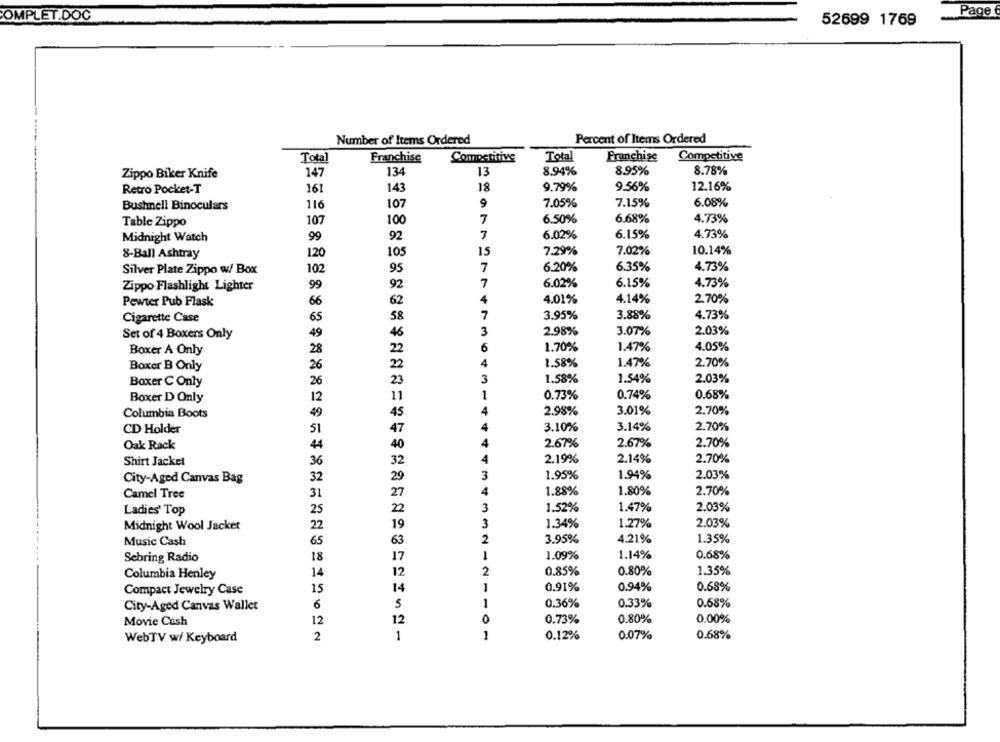
Page
COMPLET.DOC
52699 1769
Number of Items Ordered
Percent of Items Ordered
Total
Competitive
Total
Franchise
Competitive
Franchise
134
8.94%
8.95%
8.78%
Zippo Biker Knife
147
13
9.56%
12.16%
Retro Pocket-T
161
143
18
9.79%
Bushnell Binoculars
116
107
9
7.05%
7.15%
6.08%
Table Zippo
107
100
7
6.50%
6.68%
4.73%
Midnight Watch
99
92
7
6.02%
6.15%
4.73%
105
15
7.29%
7.02%
10.14%
8-Ball Ashtray
120
7
6.20%
6.35%
4.73%
Silver Plate Zippo w/ Box
102
95
7
4.73%
Zippo Flashlight Lighter
99
92
6.02%
6.15%
Pewter Pub Flask
66
62
4
4.01%
4.14%
2.70%
Cigarette Case
65
58
7
3.95%
3.88%
4.73%
46
3
2.98%
3.07%
2.03%
Set of 4 Boxers Only
49
22
6
1.70%
1.47%
4.05%
Boxer A Only
28
4
1.58%
1.47%
2.70%
Boxer B Only
26
22
3
1.58%
1.54%
2.03%
Boxer C Only
26
1
0.68%
Boxer D Only
12
11
0.73%
0.74%
Columbia Boots
49
4
2.98%
3.01%
2.70%
CD Holder
51
4
3.10%
3.14%
2.70%
Oak Rack
44
4
2.67%
2.67%
2.70%
Shirt Jacket
32
4
2.19%
2.14%
2.70%
36
3
1.95%
1.94%
2.03%
City-Aged Canvas Bag
32
29
Camel Tree
31
27
1.88%
1.80%
2.70%
Ladies' Top
25
22
3
1.52%
1.47%
2.03%
Midnight Wool Jacket
22
19
3
1.34%
1.27%
2.03%
Music Cash
65
63
2
3.95%
4.21%
1.35%
17
1.09%
1.14%
0.68%
Sebring Radio
18
12
2
0.85%
0.80%
1.35%
Columbia Henley
14
1
0.91%
0.94%
0.68%
Compact Jewelry Case
15
14
City-Aged Canvas Wallet
6
S
1
0.36%
0.33%
0.68%
Movie Cash
12
12
0
0.73%
0.80%
0.00%
WebTV w/ Keyboard
2
1
1
0.12%
0.07%
0.68%